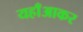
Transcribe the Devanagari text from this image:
यहाँआकर